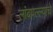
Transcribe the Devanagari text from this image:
लांबपल्ल्याचे